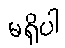
မရှိပါ